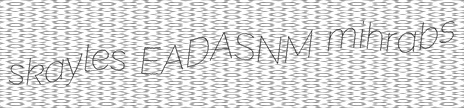
skayles EADASNM mihrabs